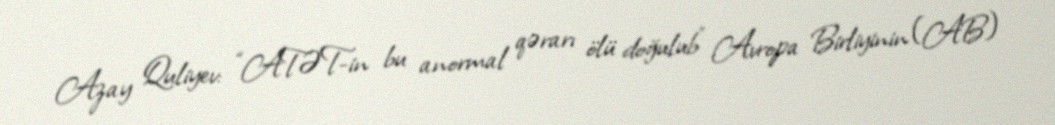
Azay Quliyev: “ATƏT-in bu anormal qərarı ölü doğulub” Avropa Birliyinin (AB)